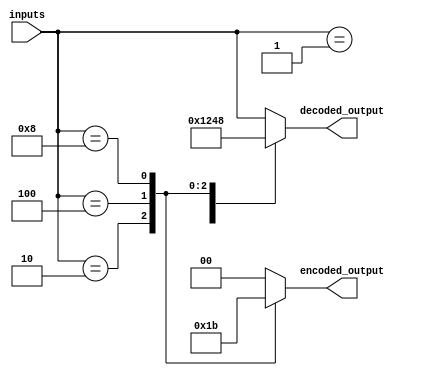
module priority_encoder_decoder (
    input [3:0] inputs,
    output reg [1:0] encoded_output,
    output reg [3:0] decoded_output
);

always @* begin
    case (inputs)
        4'b0001: begin
            encoded_output = 2'b00;
            decoded_output = 4'b0001;
        end
        4'b0010: begin
            encoded_output = 2'b01;
            decoded_output = 4'b0010;
        end
        4'b0100: begin
            encoded_output = 2'b10;
            decoded_output = 4'b0100;
        end
        4'b1000: begin
            encoded_output = 2'b11;
            decoded_output = 4'b1000;
        end
        default: begin
            encoded_output = 2'b00; // Default encoding for lowest priority input
            decoded_output = inputs; // Pass through original input for lowest priority
        end
    endcase
end

endmodule